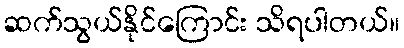
ဆက်သွယ်နိုင်ကြောင်း သိရပါတယ်။